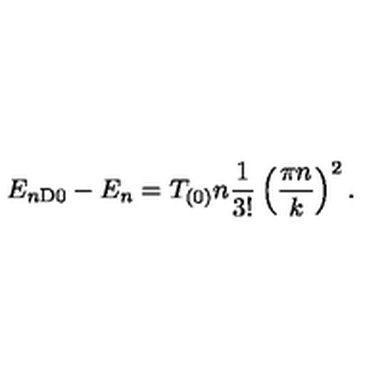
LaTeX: E _ { n \mathrm { D 0 } } - E _ { n } = T _ { ( 0 ) } n { \frac { 1 } { 3 ! } } \left( { \frac { \pi n } { k } } \right) ^ { 2 } .